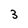
Character: 3